Insane asylums in Bengal annual reports 1876-1887 - 1876-1887
Year: 1876
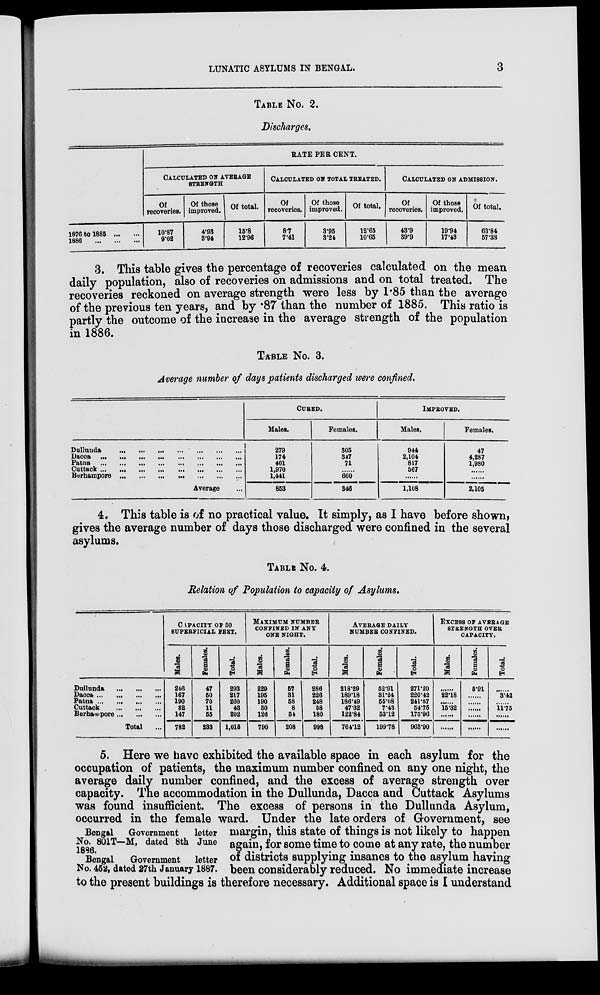
LUNATIC ASYLUMS IN BENGAL.
3
TABLE No. 2.
Discharges.
1876 to 1886 ...
1886
RATE PER CENT.
CALCULATED ON AVERAGE
STRENGTH
Of
recoveries.
10.87
9'02
Of those
of total,
improved.
4.93
3.94
15.8
12.96
CALCULATED ON TOTAL TREATED.
Of
recoveries.
8.7
7.41
Of those
improved.
3.95
324
Of total.
12.65
10.65
CALCULATED ON ADMISSION.
Of
recoveries.
43.9
39.9
Of those
improved.
19.94
17.43
Of total.
63.84
57.33
3. This table gives the percentage of recoveries calculated on the mean
daily population, also of recoveries on admissions and on total treated. The
recoveries reckoned on average strength were less by 1.85 than the average
of the previous ten years, and by .87 than the number of 1885. This ratio is
partly the outcome of the increase in the average strength of the population
in 1886.
TABLE No. 3.
Average number of days patients discharged were confined.
Dullunda
Dacca
Patna
Cuttack
Berhampore
Average
CURED.
Males.
279
174
401
1,970
1,441
853
Females.
305
347
71
660
346
IMPROVED.
Males.
944
2,104
817
667
1,108
Females.
47
4,287
1,980
2,105
4. This table is of no practical value. It simply, as I have before shown,
gives the average number of days those discharged were confined in the several
asylums.
TABLE No. 4.
Relation of Population to capacity of Asylums.
Dullunda
...
...
...
Dacca
Patna
...
...
...
Cuttack
...
...
...
Berhampore
Total
CAPACITY OF 50
SUPERFICIAL PEET.
Males.
246
167
190
32
147
782
Females.
47
50
70
11
55
233
Total.
293
217
260
43
202
1,015
MAXIMUM NUMBER
CONFINED IN ANY
ONE NIGHT.
Males.
229
195
190
50
126
790
Females.
57
31
58
8
57
208
Total.
286
226
248
58
180
998
AVERAGE DAILY
NUMBER CONFINED.
Males.
218.29
189.18
186.49
47.32
122.84
764.12
Females.
52.91
31.24
55.08
7.43
53.12
199.78
Total.
271.20
220.42
241.57
54.75
175.96
903.90
EXCESS OF AVERAGE
STRENGTH OVER
CAPACITY.
Males.
......
22.18
......
15.32
......
......
Females.
5.91
......
......
......
......
......
Total.
......
3.42
......
11.75
......
......
Bengal
Government
letter
No. 801 T—M, dated 8th June
1886.
Bengal
Government
letter
No. 452, dated 27th January 1887.
5. Here we have exhibited the available space in each asylum for the
occupation of patients, the maximum number confined on any one night, the
average daily number confined, and the excess of average strength over
capacity. The accommodation in the Dullunda, Dacca and Cuttack Asylums
was found insufficient. The excess of persons in the Dullunda Asylum,
occurred in the female ward. Under the late orders of Government, see
margin, this state of things is not likely to happen
again, for some time to come at any rate, the number
of districts supplying insanes to the asylum having
been considerably reduced. No immediate increase
to the present buildings is therefore necessary. Additional space is I understand